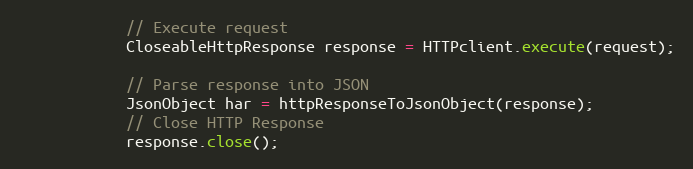
Language: Java
            // Execute request
            CloseableHttpResponse response = HTTPclient.execute(request);

            // Parse response into JSON
            JsonObject har = httpResponseToJsonObject(response);
            // Close HTTP Response
            response.close();